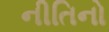
નીતિનો